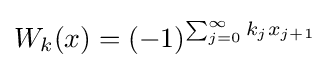
W_{k}(x)=(-1)^{\sum _{j=0}^{\infty }k_{j}x_{j+1}}